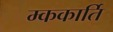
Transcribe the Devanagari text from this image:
म्ककार्ति